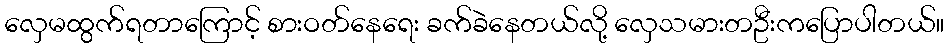
လှေမထွက်ရတာကြောင့် စားဝတ်နေရေး ခက်ခဲနေတယ်လို့ လှေသမားတဦးကပြောပါတယ်။